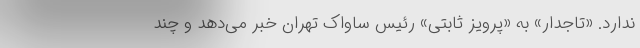
ندارد. «تاجدار» به «پرویز ثابتی» رئیس ساواک تهران خبر می‌دهد و چند